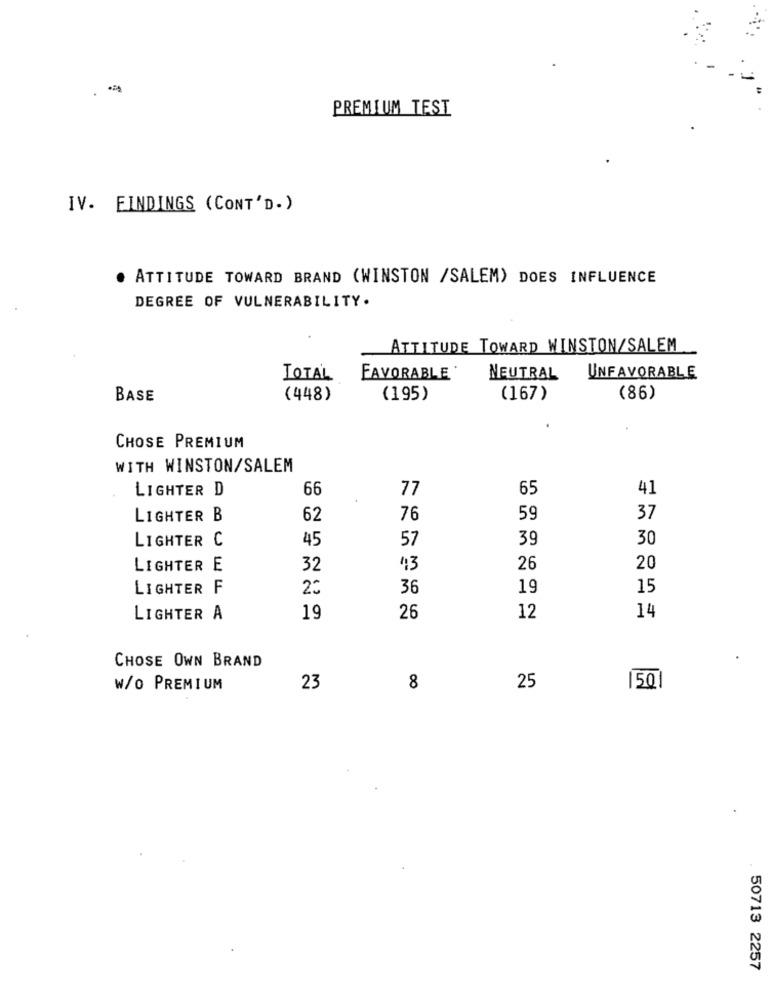
PREMIUM TEST
IV. FINDINGS (CONT'D. )
ATTITUDE TOWARD BRAND (WINSTON /SALEM) DOES INFLUENCE
DEGREE OF VULNERABILITY.
ATTITUDE TOWARD WINSTON/SALEM
TOTAL
FAVORABLE
NEUTRAL
UNFAVORABLE
BASE
(448)
(195)
(167)
(86)
CHOSE PREMIUM
WITH WINSTON/SALEM
66
77
65
41
LIGHTER D
LIGHTER B
62
76
59
37
LIGHTER C
45
57
39
30
LIGHTER E
32
43
26
20
LIGHTER F
2℃
36
19
15
14
LIGHTER A
19
26
12
CHOSE OWN BRAND
W/O PREMIUM
23
8
25
150
50713 2257